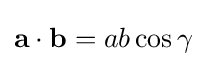
\mathbf {a} \cdot \mathbf {b} =ab\cos {\gamma }